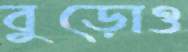
বুড়োও